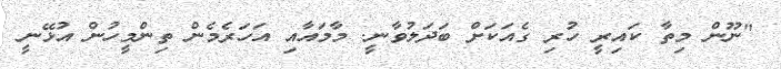
"ނޫން މިތާ ކައިރީ ހުރި ގެއަކަށް ބަދަލުވާނީ. މާމައާއި އަހަރެމެން ތިންމީހުން އުޅޭނީ